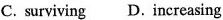
C. surviving D. increasing